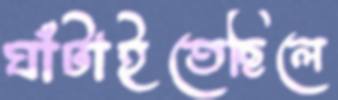
ঘাঁটাইতেছিলে